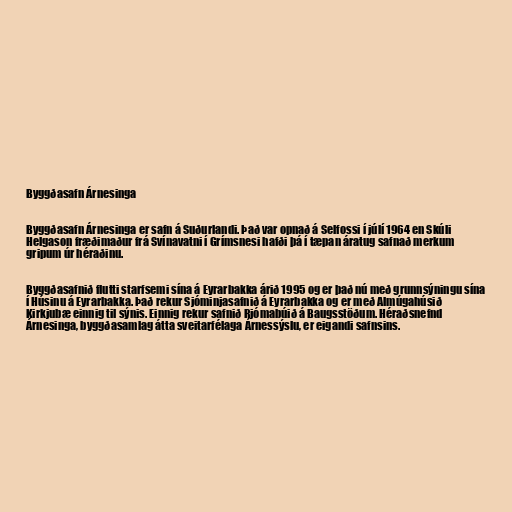
Byggðasafn Árnesinga

Byggðasafn Árnesinga er safn á Suðurlandi. Það var opnað á Selfossi í júlí 1964 en Skúli
Helgason fræðimaður frá Svínavatni í Grímsnesi hafði þá í tæpan áratug safnað merkum
gripum úr héraðinu.

Byggðasafnið flutti starfsemi sína á Eyrarbakka árið 1995 og er það nú með grunnsýningu sína
í Húsinu á Eyrarbakka. Það rekur Sjóminjasafnið á Eyrarbakka og er með Almúgahúsið
Kirkjubæ einnig til sýnis. Einnig rekur safnið Rjómabúið á Baugsstöðum. Héraðsnefnd
Árnesinga, byggðasamlag átta sveitarfélaga Árnessýslu, er eigandi safnsins.